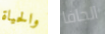
والحياة الجافا